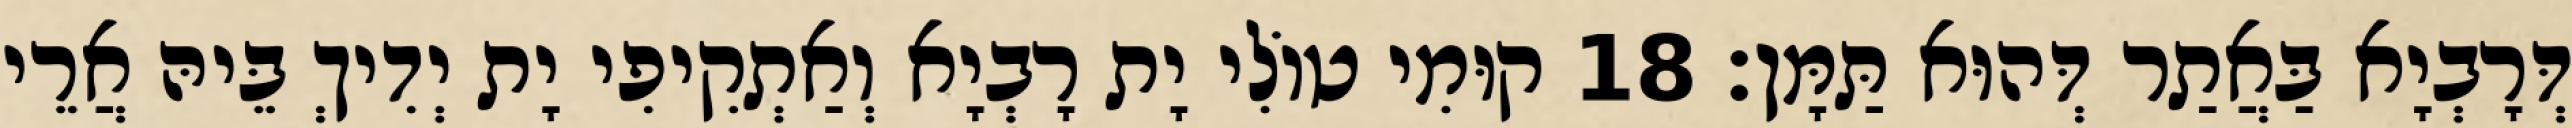
דְּרָבְיָא בַּאֲתַר דְּהוּא תַּמָּן׃ 18 קוּמִי טוֹלִי יָת רָבְיָא וְאַתְקִיפִי יָת יְדִיךְ בֵּיהּ אֲרֵי